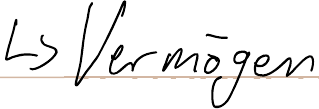
-> Vermögen